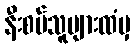
နီးစပ်သူများထံမှ